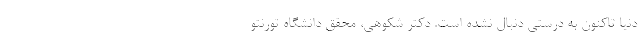
دنیا تاکنون به درستی دنبال نشده است. دکتر شکوهی، محقق دانشگاه تورنتو